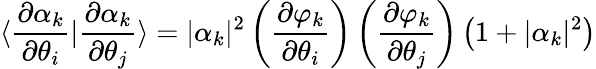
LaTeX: \langle\frac{\partial\alpha_{k}}{\partial\theta_{i}}|\frac{\partial\alpha_{k}}{\partial\theta_{j}}\rangle=|\alpha_{k}|^{2}\left(\frac{\partial\varphi_{k}}{\partial\theta_{i}}\right)\left(\frac{\partial\varphi_{k}}{\partial\theta_{j}}\right)\left(1+|\alpha_{k}|^{2}\right)